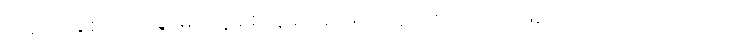
ကိုအေးချစ်သည် ရွာမှာ လူချစ်လူခင် ပေါများသူတစ်ယောက်ဖြစ်ကြောင်း သိသာသည်။